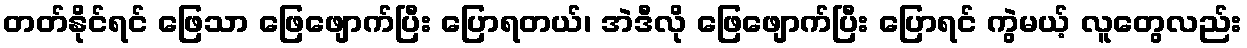
တတ်နိုင်ရင် ဖြေသာ ဖြေဖျောက်ပြီး ပြောရတယ်၊ အဲဒီလို ဖြေဖျောက်ပြီး ပြောရင် ကွဲမယ့် လူတွေလည်း